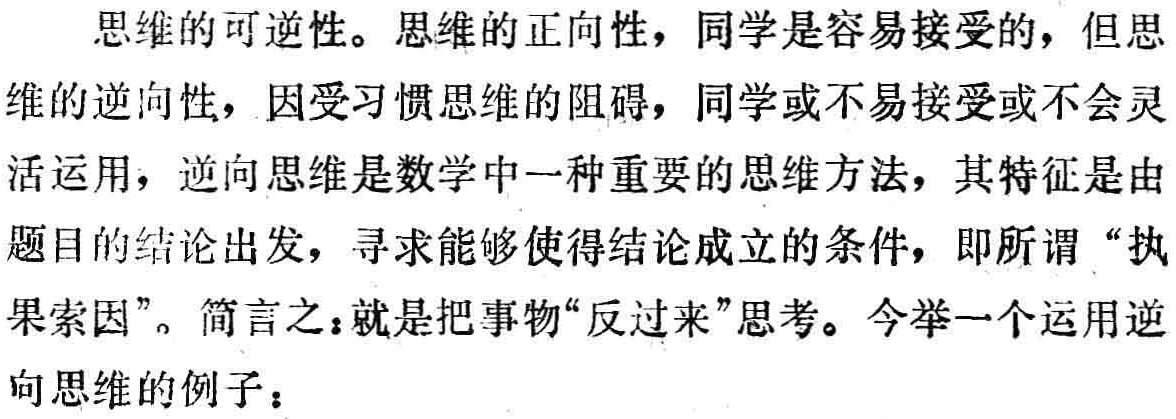
思维的可逆性。思维的正向性，同学是容易接受的，但思维的逆向性，因受习惯思维的阻碍，同学或不易接受或不会灵活运用，逆向思维是数学中一种重要的思维方法，其特征是由题目的结论出发，寻求能够使得结论成立的条件，即所谓“执果索因”。简言之：就是把事物“反过来”思考。今举一个运用逆向思维的例子：